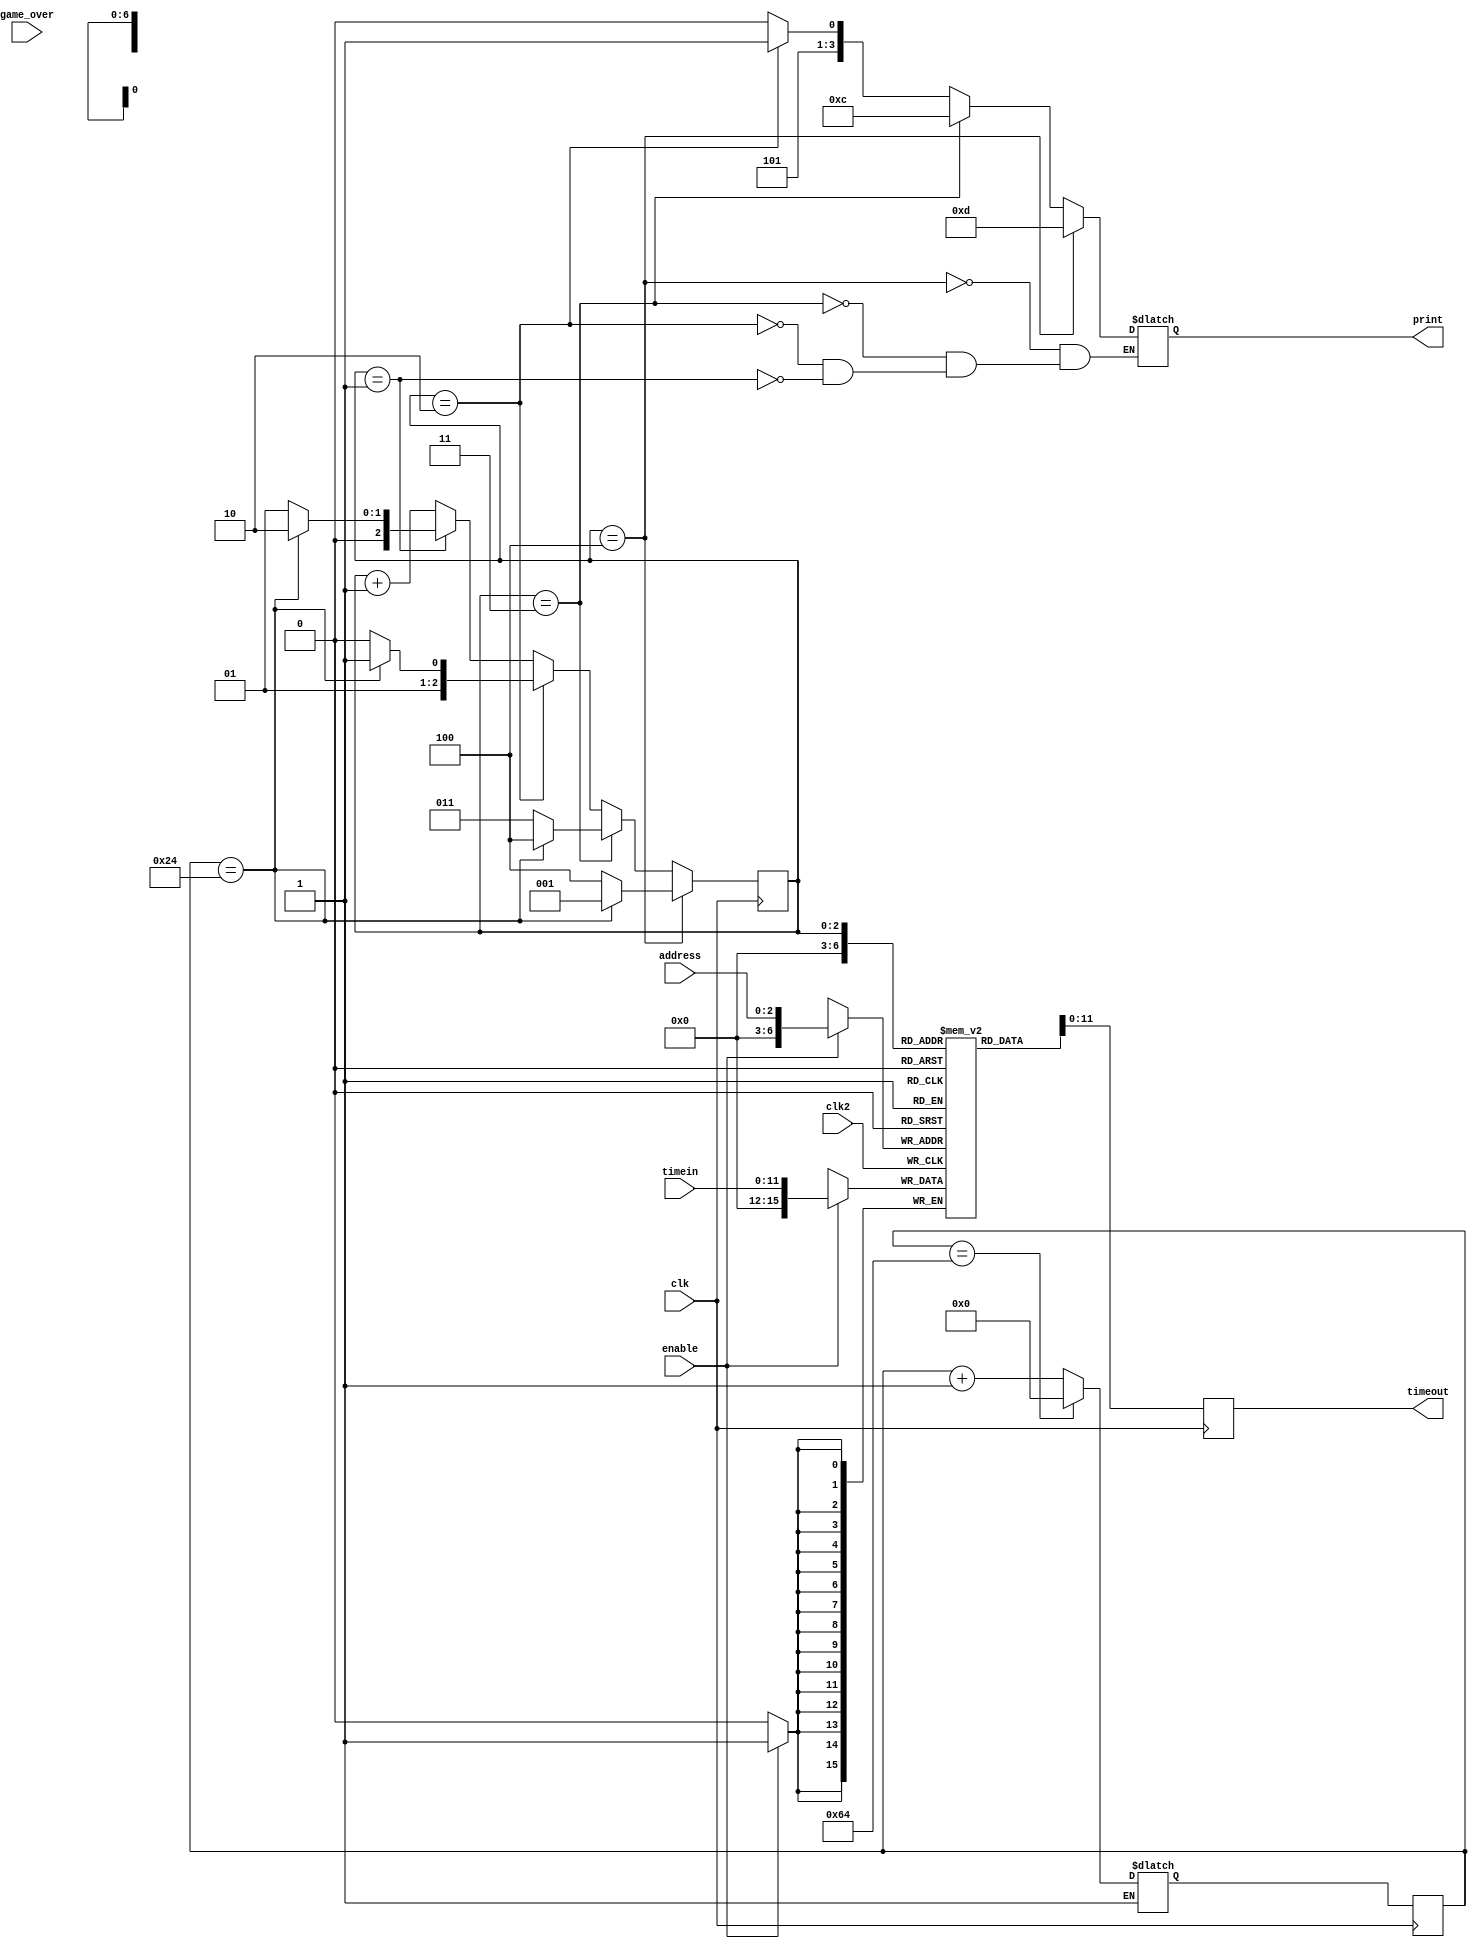

//=======================================================
//  This code is generated by Terasic System Builder
//=======================================================

module result(
input 			clk, 
input [11:0] timein, 
input        clk2,
input 		 enable,
output [11:0] timeout,
input game_over,
input [2:0] address,
output [3:0] print 
);



//=======================================================
//  REG/WIRE declarations
//=======================================================
reg [9:0] count;
reg [9:0] c_count;
reg done1; 
reg e;

//=======================================================
//  time
//=======================================================
always @(*) begin
	done1=1'b0;
//else begin
	if(e==1'b1) begin
		c_count=count + 1;
	if(count==10'b00011_00100) begin
		c_count=10'b0000_0000_00;
		done1=1'b1;
	end
 end/*
 if((reset==1'b0)||(set==1'b1)) begin
		c_count=10'b0000_0000_00;
	end*/
end
//end
always @(posedge clk) begin 
		count<=c_count;
end 

//=======================================================
reg [15:0]  mem[0:127];
reg [2:0] addr;

always @(posedge clk2) begin
	if(enable==1'b1) begin
		mem[address] <= #1 timein;
	end
end

reg[2:0] addc;
reg [11:0] value;
//new
reg [2:0] s, s_c; 
always @(*) begin
	s=s_c+1;
	e=1'b1;
	if(s_c==3'b001) begin
		s=3'b001;		
		if(count==10'b00001_00100) begin
			s=3'b010;
		end
	end
	if(s_c==3'b010) begin
		s=3'b010;
		if(count==10'b00001_00100) begin
			s=3'b011;
		end
	end
	if(s_c==3'b011) begin
		s=3'b011;
		if(count==10'b00001_00100) begin
			s=3'b100;
		end
	end
	if(s_c==3'b100)begin
		s=3'b100;
		if(count==10'b00001_00100)begin
			s=3'b001;
		end
	end
end
//

/*
always @(*)begin
	e=1'b1;
	addc=addr;
	if(game_over==1'b1) begin
		if(addr==3'b101) begin
			addc=3'b001;
		end
		if(count==10'b00001_00100) begin
			addc=addr+1'b1; 
		end
	end
end
*/
always @(posedge clk) begin
			value <= mem[s_c]; 
			s_c<=s;
end

assign timeout=value;

reg [3:0] p;
always @(*) begin
	if(s_c==3'b001) begin
		p=4'b1010;end
	if(s_c==3'b010) begin
		p=4'b1011; end
	if(s_c==3'b011) begin
		p=4'b1100;
	end
	if(s_c==3'b100) begin
		p=4'b1101; end
end

assign print = p;
endmodule